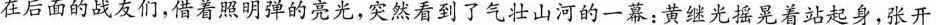
在后面的战友们，借着照明弹的亮光，突然看到了气壮山河的一幕：黄继光摇晃着站起身，张开